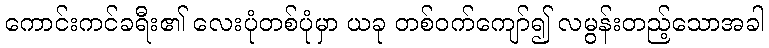
ကောင်းကင်ခရီး၏ လေးပုံတစ်ပုံမှာ ယခု တစ်ဝက်ကျော်၍ လမွန်းတည့်သောအခါ